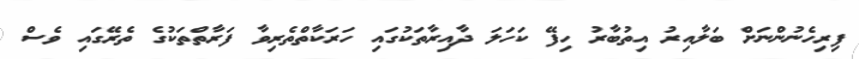
ފިރިހެނުންނަށް ބަލާއިރު އިތުބާރު ހިފޭ ކަހަލަ ދާއިރާތަކުގައި ހަރަކާތްތެރިވާ ފަރާތްތަކުގެ ތެރޭގައި ވެސް